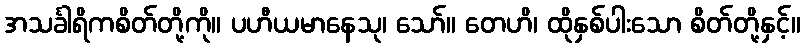
အသင်္ခါရိကစိတ်တို့ကို။ ပဟီယမာနေသု၊ သော်။ တေဟိ၊ ထိုနှစ်ပါးသော စိတ်တို့နှင့်။